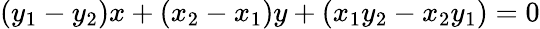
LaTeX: (y_{1}-y_{2})x+(x_{2}-x_{1})y+(x_{1}y_{2}-x_{2}y_{1})=0